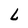
Character: L